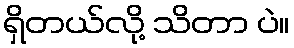
ရှိတယ်လို့ သိတာ ပဲ။